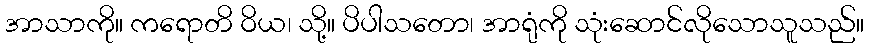
အာသာကို။ ကရောတိ ဝိယ၊ သို့။ ပိပါသတော၊ အာရုံကို သုံးဆောင်လိုသောသူသည်။